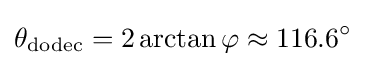
\theta _{\mathrm {dodec} }=2\arctan \varphi \approx 116.6^{\circ }